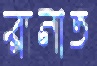
রানাত